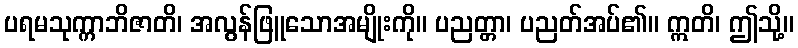
ပရမသုက္ကာဘိဇာတိ၊ အလွန်ဖြူသောအမျိုးကို။ ပညတ္တာ၊ ပညတ်အပ်၏။ ဣတိ၊ ဤသို့။